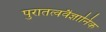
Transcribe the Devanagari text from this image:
पुरातत्ववैज्ञानिक